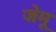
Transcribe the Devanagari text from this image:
जेमू